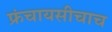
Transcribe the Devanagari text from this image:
फ्रंचायसीचाच